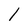
Character: l